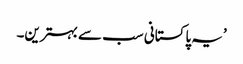
’یہ پاکستانی سب سے بہترین۔